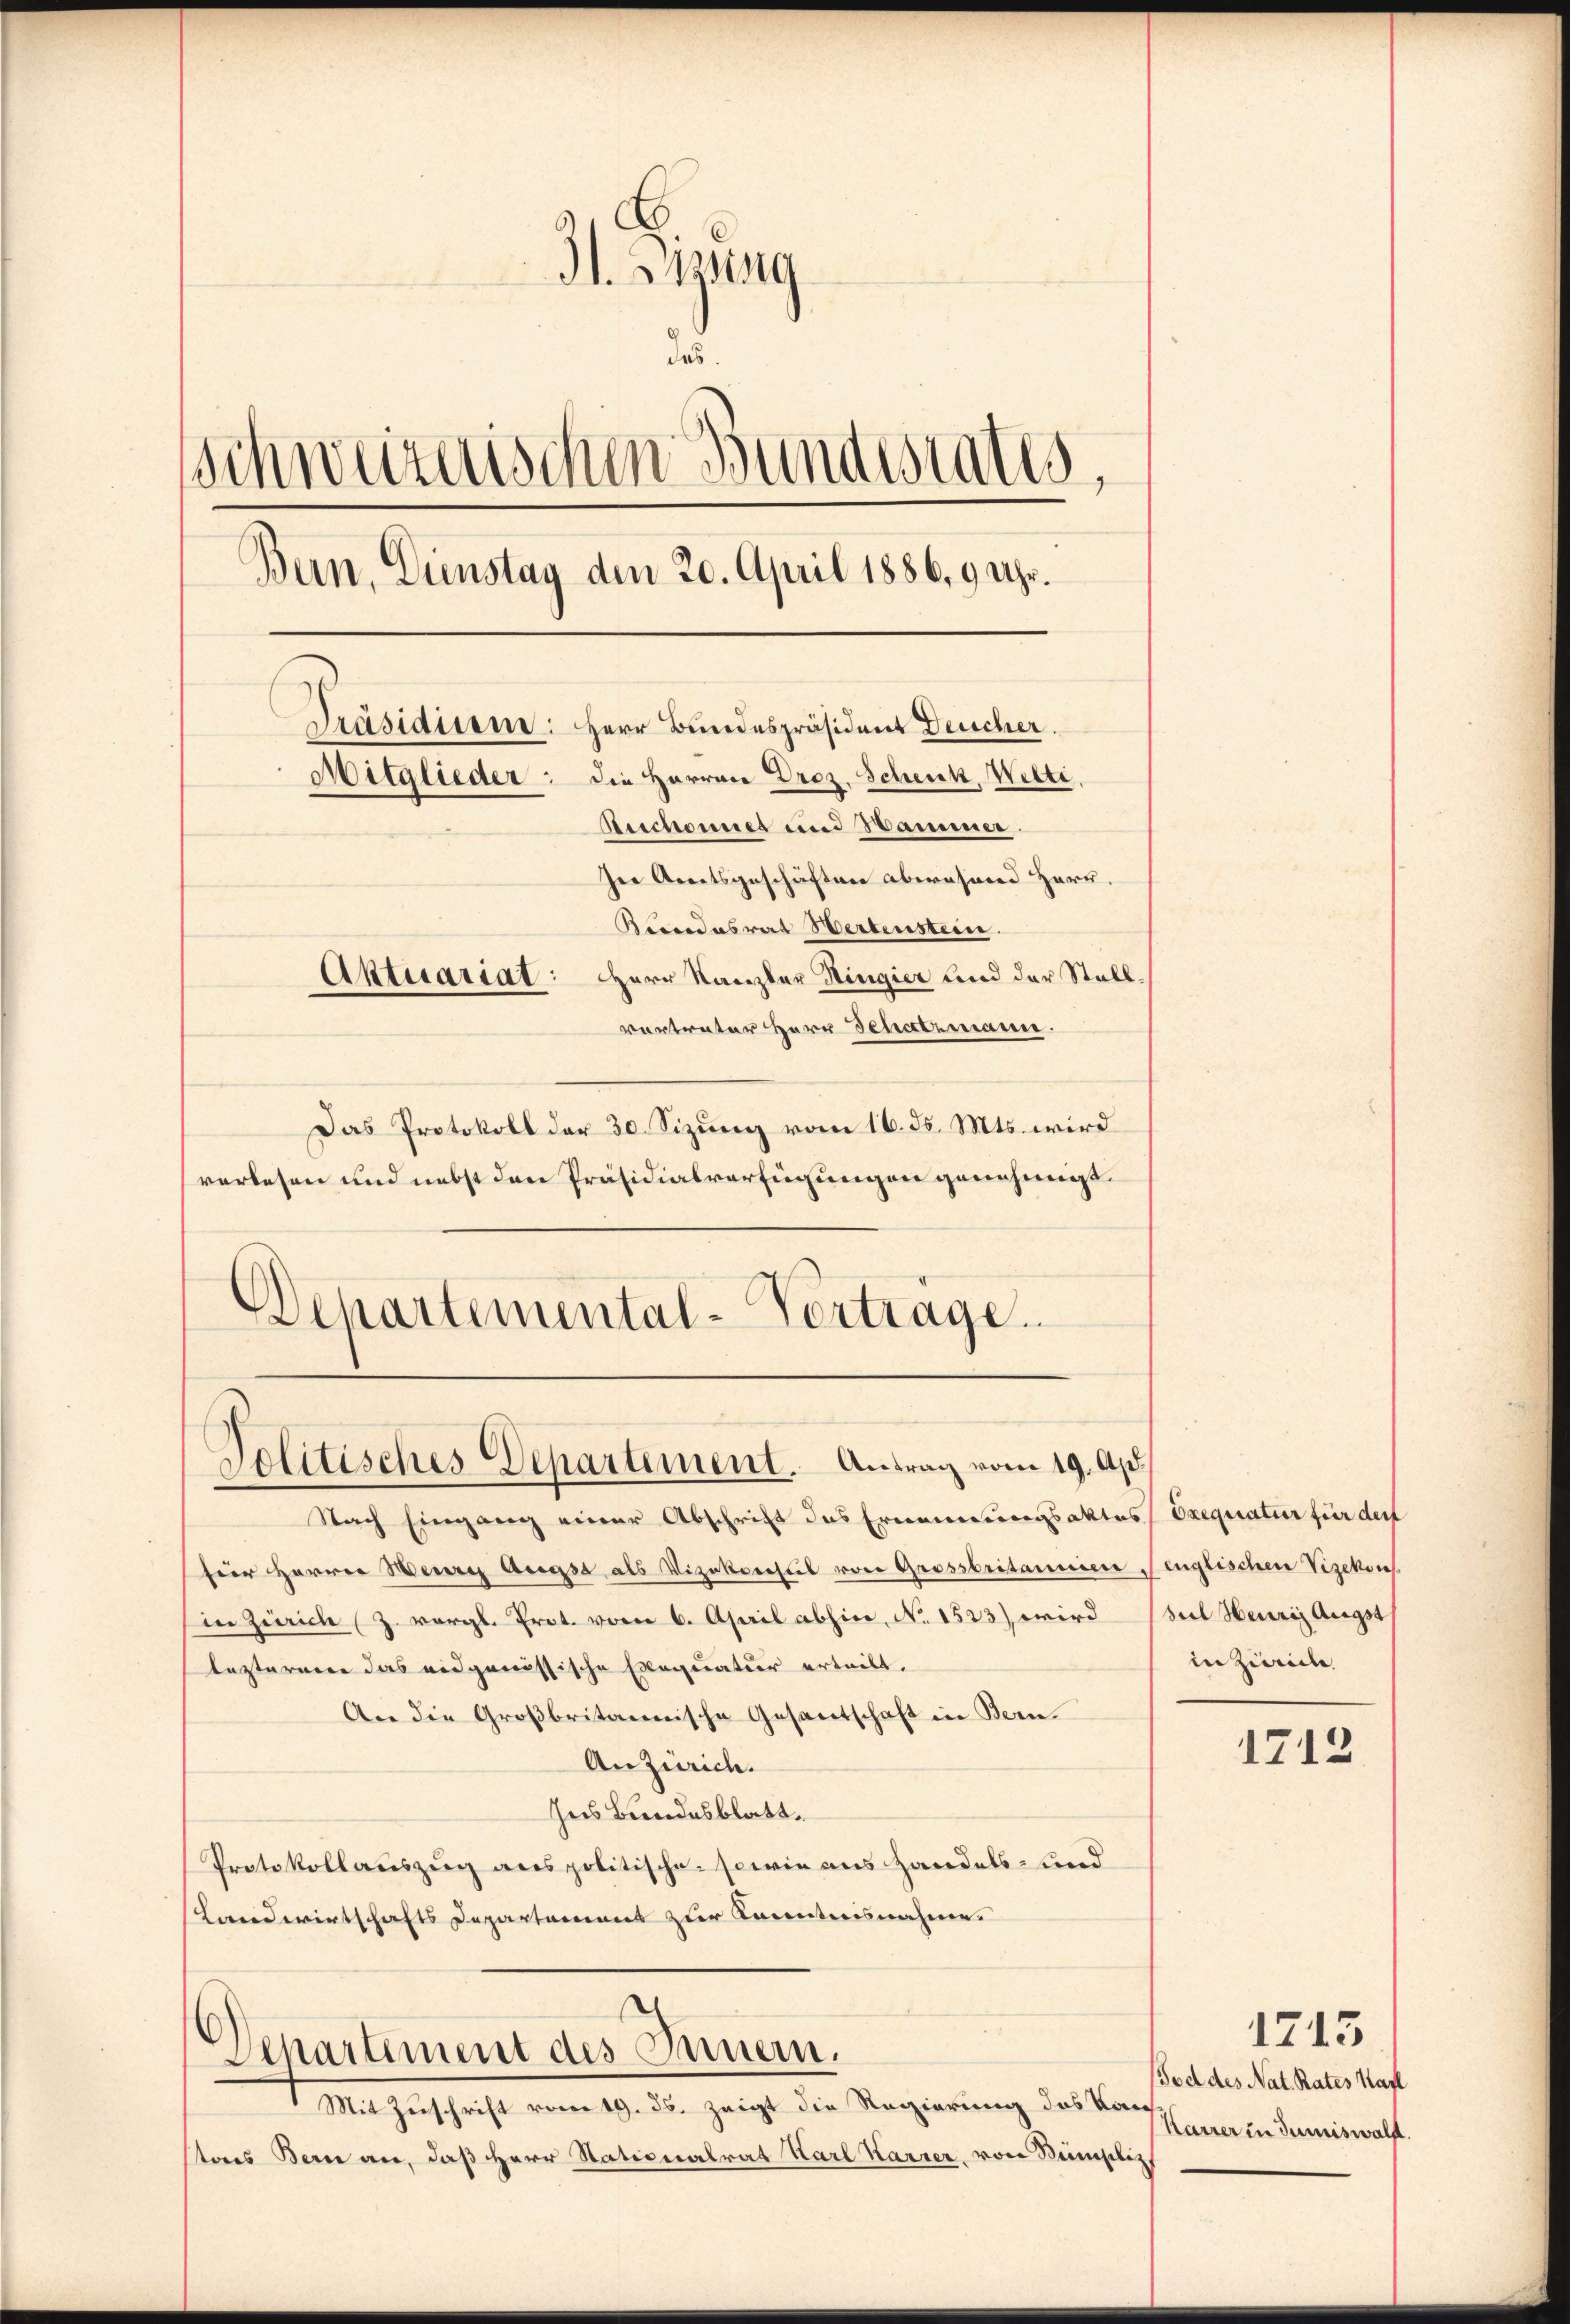
Il. Tizung
des.
schweizerischen Bundestates,
Bern, Dienstag den 20. April 1886, 9 Uhr.
Präsidieene: Herr Bundespräsident Deucher.
Mitglieder: die Herren Droz. Schenk, Welti.
Beschonnes und Hammer.
In Arnetsgeschäften abwesend Herr.
Biccadasrat Herbenstein.
Aktuariat: Herr Kanzler Ringier und der Stall
vertreter Herr Schatzmann.

Das Protokoll der 30. Sizung vom 16. ds. Mts. wird
vorlesen und nebst den Präsidialverfügungen genehmigt.
Departemental-Vertrage.

Solitisches Departement. Antrag vom 19. Ap

Departement des Innern.

Nach Eingang einer Abschrift das Ernennungsaktes Exequatur für der
fer Herren Weiere Origst als Vizekonseil von Grossbritanniere englischen Vizekons
in Zürich (Z. vergl. Prot. vom 6. April abhin, No 1523) wird sul Heurig Augst
lasterner das eidgenössische Exequatuor erteilt.
An die Großbritannische Gesantschaft in Bern.
Anzürich.
Ins Bundesblatt.
Protokollauszug aus politische sowie aus Handels- und
Landwirtschafts Departamens zur Kenntnisnahme.

Mit Zuschrift vom 19. ds. zeigt die Regierung des Kanstons Bern an, daß Herr Stationalrat Karl Karrer, von Beimpliz

in Zürich

1712

1713
Tod des Nat. Rates Kapl
Karrer in dumiswalf.